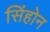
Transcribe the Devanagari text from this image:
सिंहोन